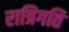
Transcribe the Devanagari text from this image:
रात्रिगति